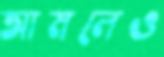
আমলেও